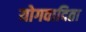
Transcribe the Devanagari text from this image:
योगवादिता